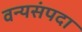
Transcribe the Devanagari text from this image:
वन्यसंपदा